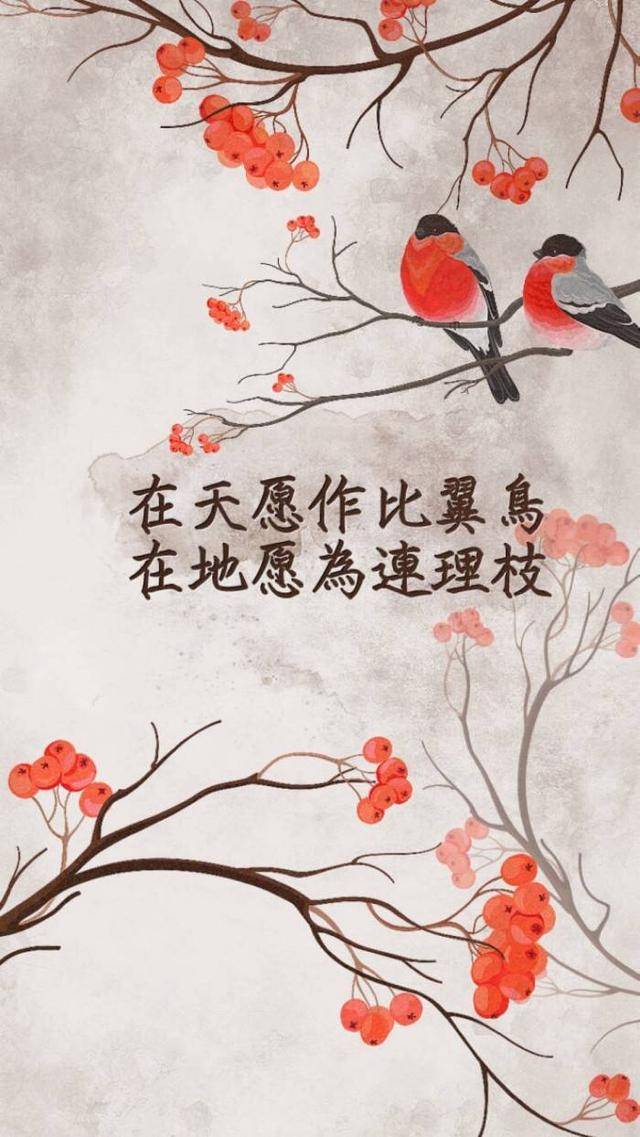
在天愿作比翼鸟，在地愿为连理枝。